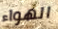
الهواء